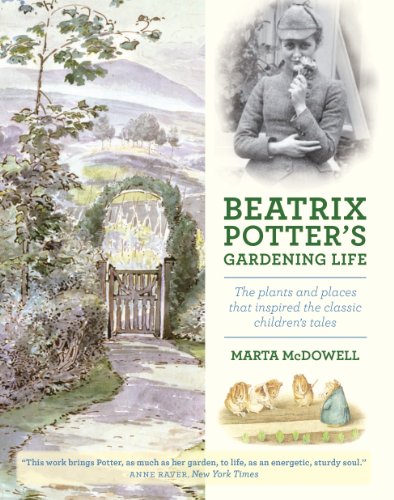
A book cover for Beatrix Potter's Gardening Life: The Plants and Places That Inspired the Classic Children's Tales; Marta McDowell; Literature & Fiction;